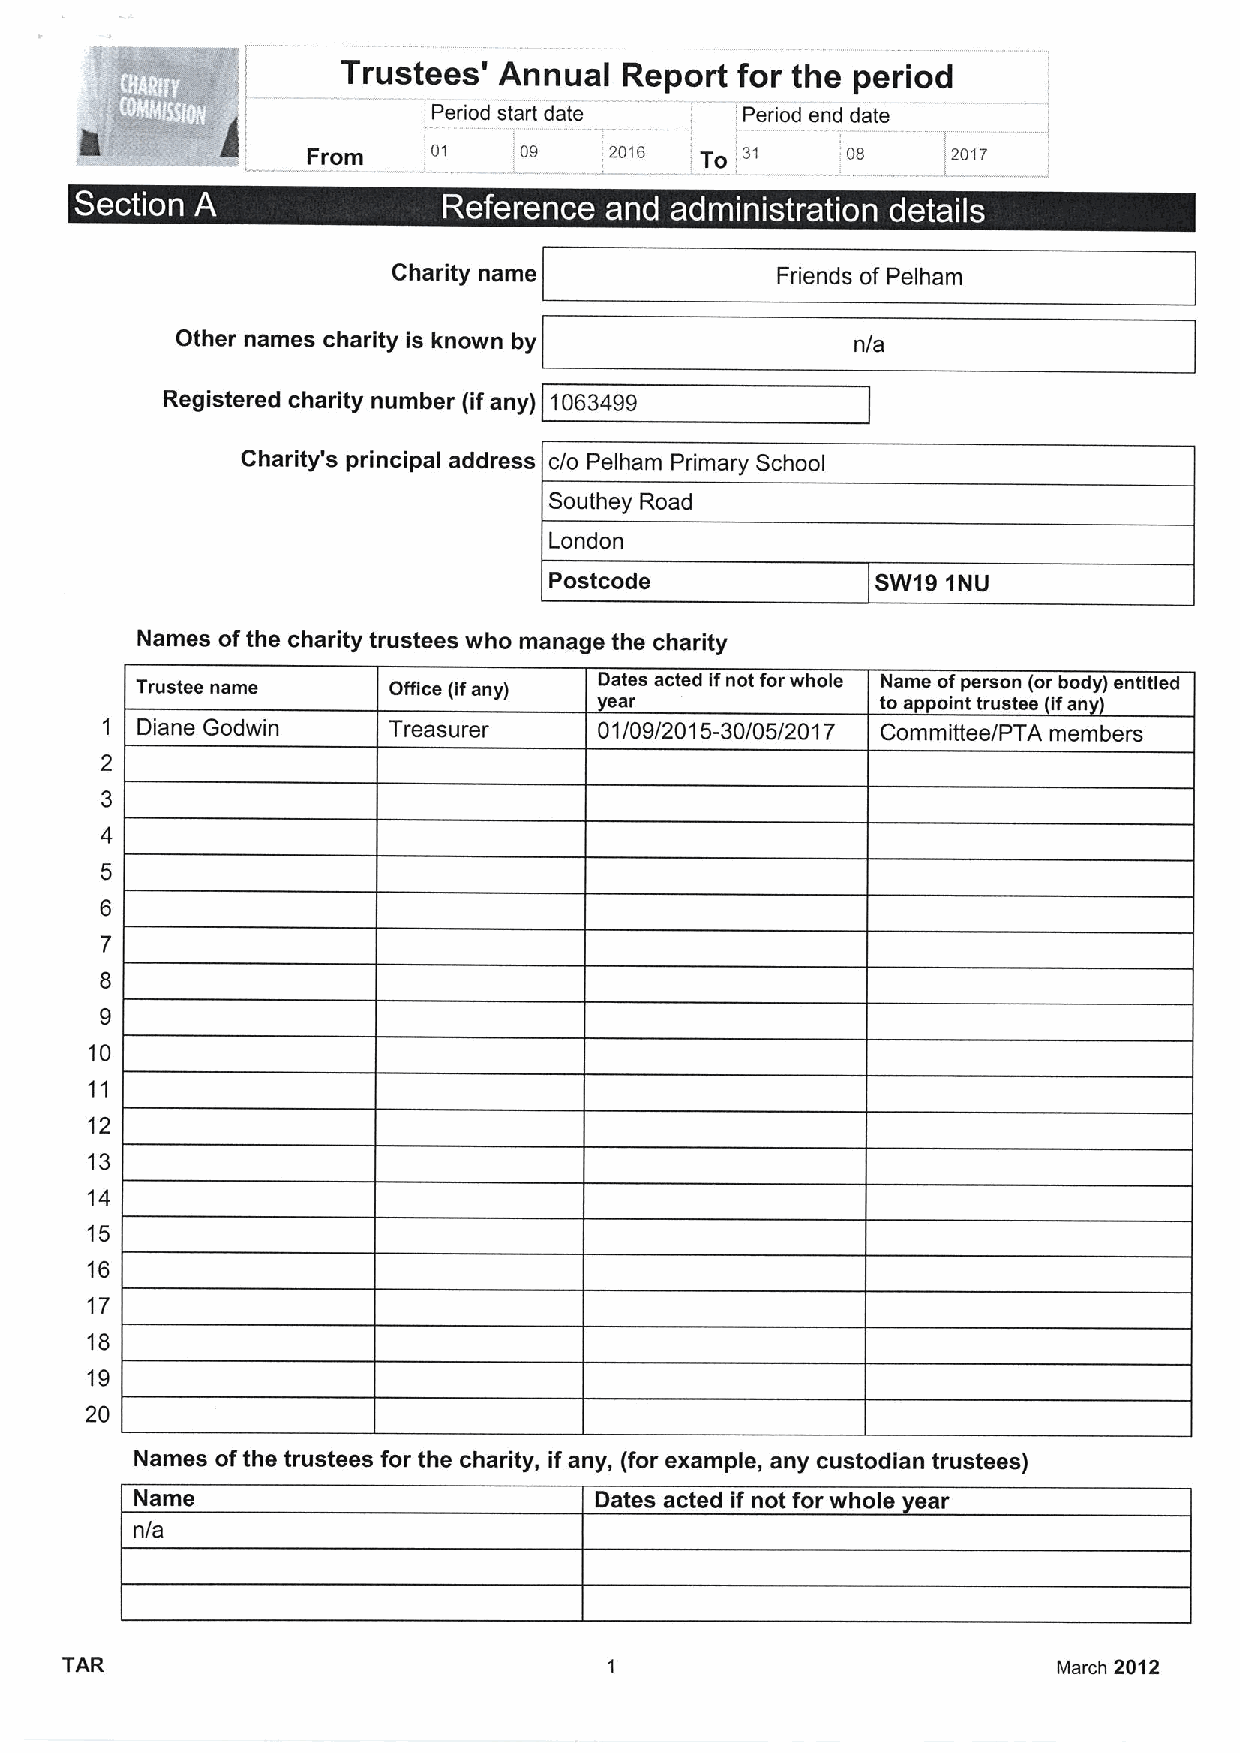
Trustees' Annual  Report  for the period
 06,
 Period start date   Period end date
 From     01   09    2016  f To 31         1 2017
 t
 ~                                ~  ~       e ~  ~  e
 Charity name             Friends of Pelham
 Other names charity is known by              n/a
 Registered charity number (ifany) 1063499
 Charity's principal address c/o Pelham Primary School
 Southey Road
 London
 Postcode              SW19 1NU
 Names ofthe charity trustees who manage the charity
 Trustee name     Office (ifany) Dates acted ifnot for whole Name ofperson (or body) entitled
 ear               to appoint trustee ifan
 1 Diane Godwin     Treasurer     01/09/2015-30/05/2017 Committee/PTA members
 2
 3
 4
 5
 6
 7
 8
 9
 10
 11
 12
 13
 14
 15
 16
 17
 18
 19
 20
 Names ofthe trustees for the charity, if any, (for example, any custodian trustees)
 Name                          Dates acted if not for whole ear
 n/a
 TAR                                                               March 2012